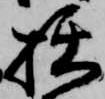
拙